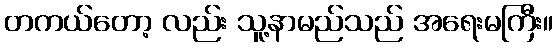
တကယ်တော့ လည်း သူ့နာမည်သည် အရေးမကြီး။